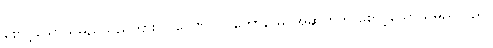
စောင့်သောသူမည်သည်ကား။ ပဝေဏိပါလကောနာမ၊ အဆက်ကို စောင့်သောသူမည်သည်။